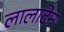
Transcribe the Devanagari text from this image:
लालाटेन